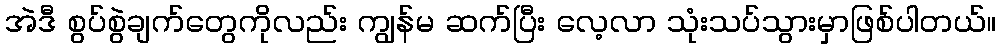
အဲဒီ စွပ်စွဲချက်တွေကိုလည်း ကျွန်မ ဆက်ပြီး လေ့လာ သုံးသပ်သွားမှာဖြစ်ပါတယ်။